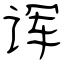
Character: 诨